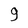
Character: 9